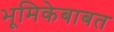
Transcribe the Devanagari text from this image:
भूमिकेबाबत